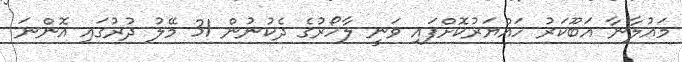
މައުލާނާ އަބޫކަރު ހައްޔަރުކޮށްފައި ވަނީ ލާހޯރުގެ ދެކުނުން 31 މޭލު ދުރުގައި އޮންނަ